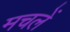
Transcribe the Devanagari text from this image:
मचलें